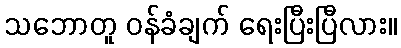
သဘောတူ ဝန်ခံချက် ရေးပြီးပြီလား။